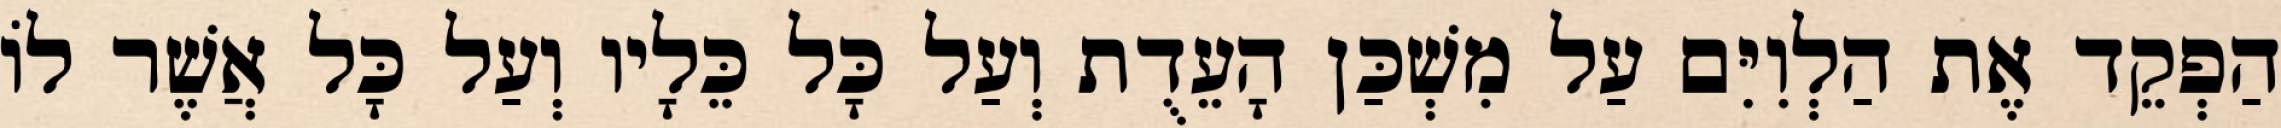
הַפְקֵד אֶת הַלְוִיִּם עַל מִשְׁכַּן הָעֵדֻת וְעַל כָּל כֵּלָיו וְעַל כָּל אֲשֶׁר לוֹ